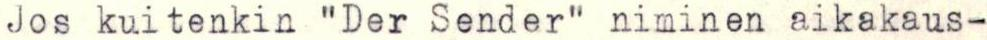
Jos kuitenkin "Der Sender" niminen aikakaus-